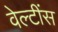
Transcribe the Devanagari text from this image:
वेल्टींस